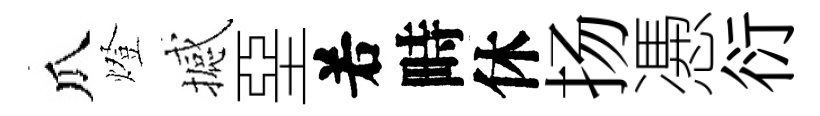
瓜燈撼堊𠰥畤休扬慿衍